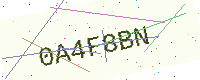
Text: 0A4F8BN